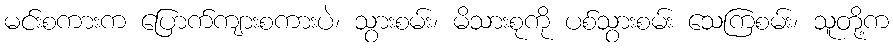
မင်းစကားက ပြောက်ကျားစကားပဲ၊ သွားစမ်း၊ မိသားစုကို ပစ်သွားစမ်း သေကြစမ်း၊ သူတို့က